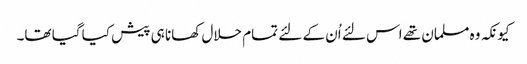
کیونکہ وہ مسلمان تھے اس لئے اُن کے لئے تمام حلال کھانا ہی پیش کیا گیا تھا۔